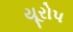
યૂરોપ